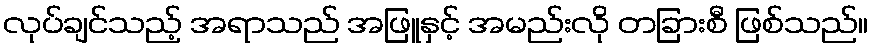
လုပ်ချင်သည့် အရာသည် အဖြူနှင့် အမည်းလို တခြားစီ ဖြစ်သည်။